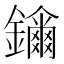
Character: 𨯖